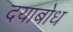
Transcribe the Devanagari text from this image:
दयाबोध